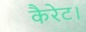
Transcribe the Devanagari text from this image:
कैरेट।